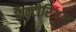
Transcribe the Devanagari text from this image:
फैक्टोरिअल